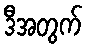
ဒီအတွက်